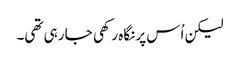
لیکن اُس پر نگاہ رکھی جا رہی تھی۔